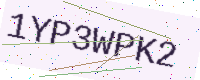
Text: 1YP3WPK2